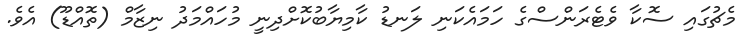
މެޗުގައި ސޮކާ ވެޓެރަންސްގެ ހަމައެކަނި ލަނޑު ކާމިޔާބުކޮށްދިނީ މުހައްމަދު ނިޒާމް (ތޮއްޑޫ) އެވެ.